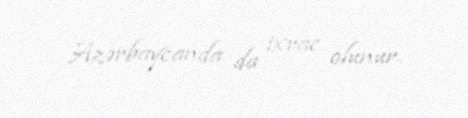
Azərbaycanda da ixrac olunur.